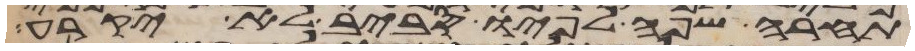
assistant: תחרה שפה לפיו סביב לא יקרע